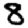
Digit: 8